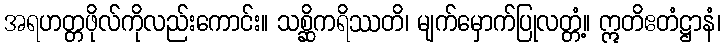
အရဟတ္တဖိုလ်ကိုလည်းကောင်း။ သစ္ဆိကရိဿတိ၊ မျက်မှောက်ပြုလတ္တံ့။ ဣတိဧတံဋ္ဌာနံ၊